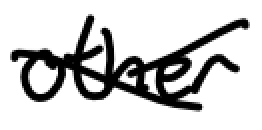
Text: other
Cross-out: cross
Writing tool: digital_black